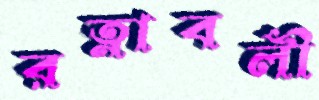
রত্নাবলী